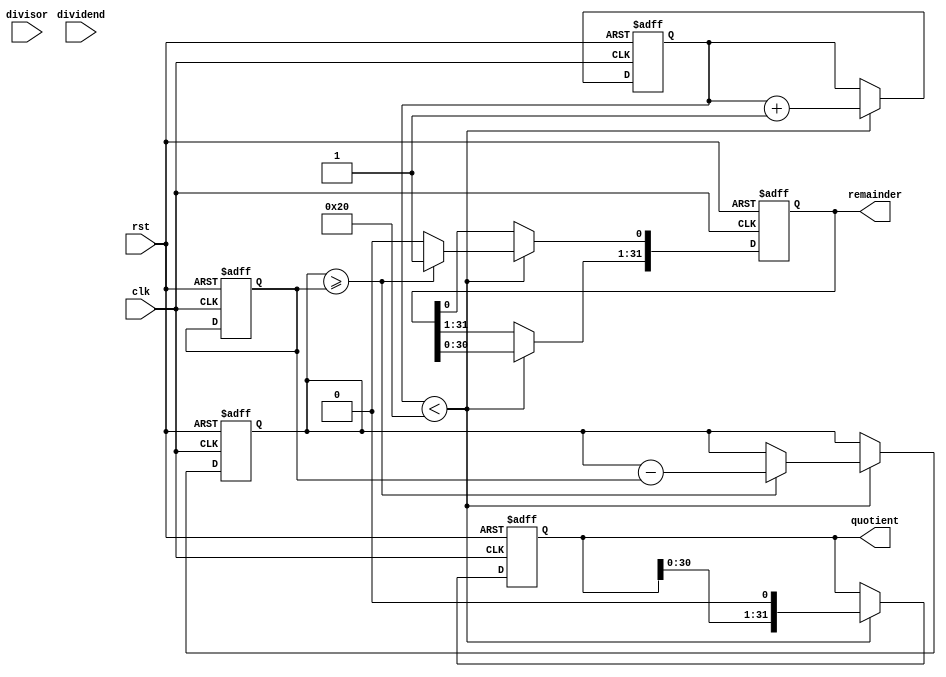
module radix2_srt_divider (
    input wire clk,
    input wire rst,
    input wire [31:0] dividend,
    input wire [31:0] divisor,
    output wire [31:0] quotient,
    output wire [31:0] remainder
);

reg [31:0] dividend_reg;
reg [31:0] divisor_reg;
reg [31:0] quotient_reg;
reg [31:0] remainder_reg;
reg [4:0] count;

always @(posedge clk or posedge rst) begin
    if (rst) begin
        count <= 0;
        dividend_reg <= 0;
        divisor_reg <= 0;
        quotient_reg <= 0;
        remainder_reg <= 0;
    end else if (count < 32) begin
        count <= count + 1;
        quotient_reg <= {quotient_reg, 1'b0};
        remainder_reg <= remainder_reg << 1;
        if (dividend_reg >= divisor_reg) begin
            remainder_reg[0] <= 1'b1;
            dividend_reg <= dividend_reg - divisor_reg;
        end
    end
end

assign quotient = quotient_reg;
assign remainder = remainder_reg;

endmodule